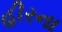
હીરના